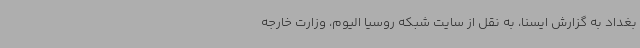
بغداد به گزارش ایسنا، به نقل از سایت شبکه روسیا الیوم، وزارت خارجه